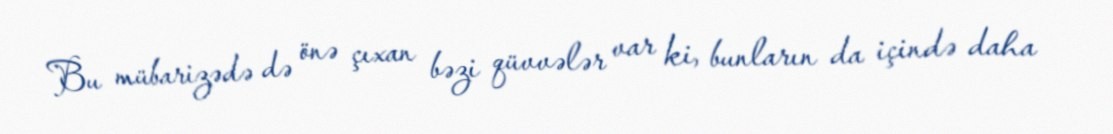
Bu mübarizədə də önə çıxan bəzi qüvvələr var ki, bunların da içində daha